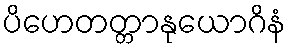
ပိဟေတတ္တာနုယောဂိနံ